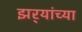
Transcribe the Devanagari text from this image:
झर्‍यांच्या